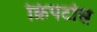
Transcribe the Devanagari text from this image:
क्रिपटोस